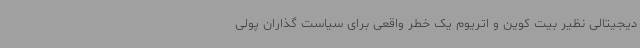
دیجیتالی نظیر بیت کوین و اتریوم یک خطر واقعی برای سیاست گذاران پولی